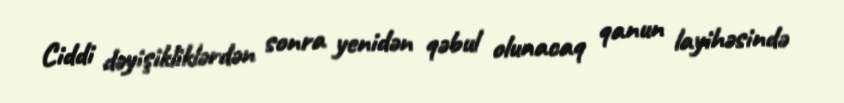
Ciddi dəyişikliklərdən sonra yenidən qəbul olunacaq qanun layihəsində